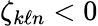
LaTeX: \zeta_{k\ell n}<0